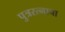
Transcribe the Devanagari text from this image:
पुत्ररत्नाचा